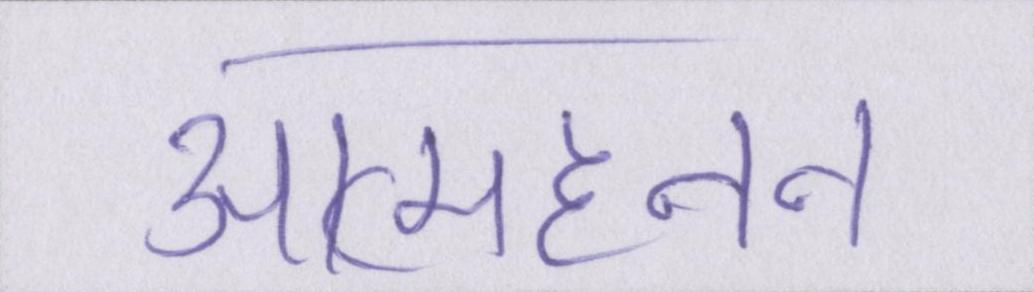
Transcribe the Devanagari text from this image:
आत्महनन